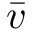
\bar { v }